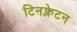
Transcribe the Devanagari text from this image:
टिनक्लेटन